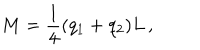
LaTeX: M = { \frac { 1 } { 4 } } ( q _ { 1 } + q _ { 2 } ) L \, ,